Vital statistics of India. Vol. V, Reports of 1876 on armies & jails and on epidemic cholera
Year: 1876
Disease focus: Cholera
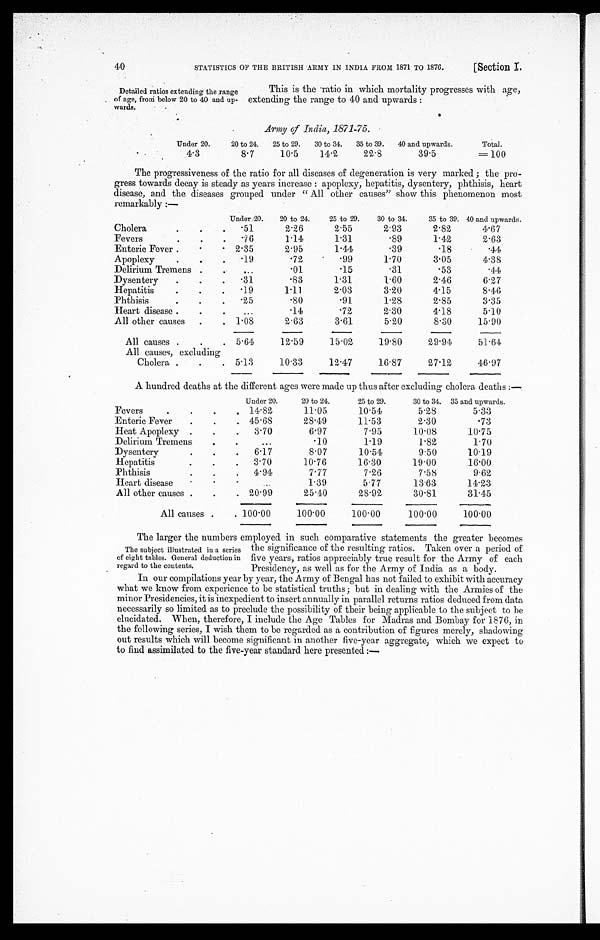
40
STATISTICS OF THE BRITISH ARMY IN INDIA FROM 1871 TO 1876.
[Section I
Detailed ratios extending the range
of age, from below 20 to 40 and up
-wards.
This is the ratio in which mortality progresses with age,
extending the range to 40 and upwards:
Army of India, 1871-75.
Under 20.
20 to 24. 25 to 29.
30 to 34.
35 to 39. 40 and upwards.
Total.
4.3
8.7
10.5
11.2
22.8
39.5
=100
The progressiveness of the ratio for all diseases of degeneration is very marked; the pro
- g r e s s t o w a r d s d e c a y i s s t e a d y a s y e a r s i n c r e a s e : a p o p l e x y , h e p a t i t i s , d y s e n t e r y , p h t h i s i s , h e a r t
disease, and the diseases grouped under "All other causes" show this phenomenon most
remarkably:—
Under 20.
20 to 24.
25 to 29.
30 to 34.
35 to 39. 40 and upwards.
Cholera
.51
2.26
2.55
2.93
2.82
4.67
Fevers
.76
1.14
1.31
.89
1.42
2.63
Enteric Fever
2.35
2.95
1.44
.39
.18
.44
Apoplexy
.19
.72
.99
1.70
3.05
4.38
Delirium Tremens
.01
.15
.31
.53
.44
Dysentery
.31
.83
1.31
1.60
2.46
6.27
Hepatitis
.19
1.11
2.03
3.20
4.15
8.46
Phthisis
.25
.80
.91
1.28
2.85
3.35
Heart disease
.14
.72
2.30
4.18
5.10
All other causes
1 . 08
2.63
3.61
5.20
8.30
15.90
All causes
5.64
12.59
15.02
19.80
29.94
51.64
All causes, excluding
Cholera
5.13
10.33
12.47
16.87
27.12
46.97
A hundred deaths at the different ages were made up thus after excluding cholera deaths:—
Under 20.
20 to 24.
25 to 29.
30 to 34. 35 and upwards.
Fevers
14.82
11.05
10.54
5.28
5.33
Enteric Fever
45.68
28.49
11.53
2.30
.73
Heat Apoplexy
3.70
6.97
7.95
10.08
10.75
Delirium Tremens
.10
1.19
1.82
1.70
Dysentery
6.17
8.07
10.54
9.50
10.19
Hepatitis
3.70
10.76
16.30
19.00
16.00
P h t h i s i s
4.94
7.77
7.26
7.58
9.62
Heart disease
1.39
5.77
13.63
14.23
All other causes
20.99
25.40
28.92
30.81
31.45
All causes
100.00
100.00
100.00
100.00
100.00
The subject illustrated in a series
of eight tables. General deduction in
regard to the contents.
The larger the numbers employed in such comparative statements the greater becomes
the significance of the resulting ratios. Taken over a period of
five years, ratios appreciably true result for the Army of each
Presidency, as well as for the Army of India as a body.
In our compilations year by year, the Army of Bengal has not failed to exhibit with accuracy
what we know from experience to be statistical truths; but in dealing with the Armies of the
minor Presidencies, it is inexpedient to insert annually in parallel returns ratios deduced from data
necessarily so limited as to preclude the possibility of their being applicable to the subject to be
elucidated. When, therefore, I include the Age Tables for Madras and Bombay for 1876, in
the following series, I wish them to be regarded as a contribution of figures merely, shadowing
out results which will become significant in another five-year aggregate, which we expect to
to find assimilated to the five-year standard here presented:
—